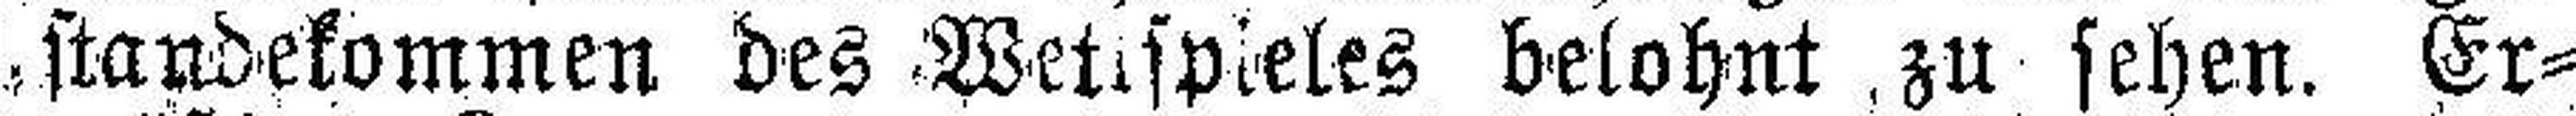
standekommen des Wettspieles belohnt zu sehen. Er¬